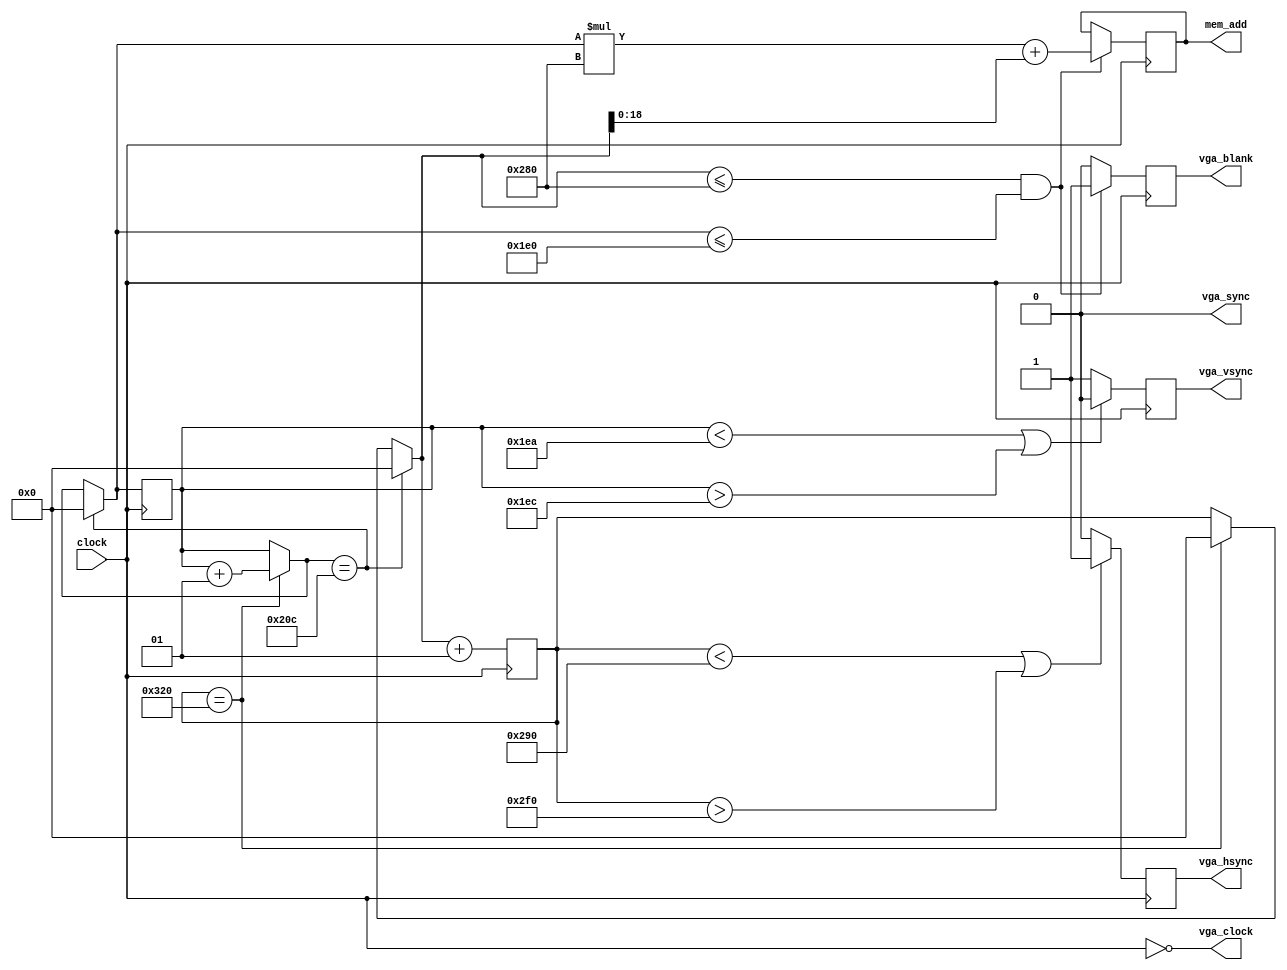
//The parameters are available so that other resolutions are possible
//However, choosing a larger resolution, or color depth will increase the memory requirements.
//The cyclone II FPGA only has 4kb of ram available, using the color encoder, we can choose what the two colors are.
//A clever person may even learn how to use "Hold and Modify" techniques to get more colors on screen without needing more memory. (google it!)
//Remember:  horizontal resolution * vertical resolution * color bit depth = memory requirements.
//Default settings are 640*480 @60hz using 1-bit color depth, with a selectable pallete. This uses 67% of the Cyclone II's memory.
//An even more clever person could figure out how to use the onboard SRAM as video memory, allowing 640*480 with an 8-bit color pallete.



module vga_control (
	input wire clock,
	
	output reg [18:0]mem_add,
	output reg vga_hsync,
	output reg vga_vsync,
	output vga_sync,
	output reg vga_blank,
	output vga_clock);
	
	//assign vga_blank = 1; //blanking off
	assign vga_sync = 0; //sync on green off
	assign vga_clock = ~clock;
	
	parameter hres 	= 640;
	parameter hsync	= 96;
	parameter hfront	= 16;
	parameter hback 	= 48;
	parameter htotal	= hfront+hsync+hback+hres;
	
	parameter vres = 480;
	parameter vsync = 2;
	parameter vfront = 10;
	parameter vback = 33;
	parameter vtotal	= vfront+vsync+vback+vres;
	
	integer hcount, vcount;
	
	initial begin
		hcount = 0;
		vcount = 0;
	end
	
	always @(posedge clock) begin
	
		if ((hcount < (hres + hfront)) || (hcount > (hres + hfront + hsync))) vga_hsync <= 1'b1; //sets hsync
		else vga_hsync <= 1'b0;
	
		if ((vcount < (vres + vfront)) || (vcount > (vres + vfront + vsync))) vga_vsync <= 1'b0; //sets hsync
		else vga_vsync <= 1'b1;
	
		if (hcount == htotal) begin //increments vcount
			hcount = 0;
			vcount = vcount + 1;
		end
		
		if (vcount == vtotal -1) begin //starts the process over
			hcount = 0;
			vcount = 0;
		end
		
		if ((hcount <= hres) && (vcount <= vres)) begin //set memory address, and vblank
			mem_add <= ((vcount * hres) + hcount);
			vga_blank <= 1'b1;
		end
		else vga_blank <=1'b0;
		
		hcount = hcount + 1; //increment hcount
	end
	
endmodule